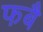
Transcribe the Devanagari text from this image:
फबै